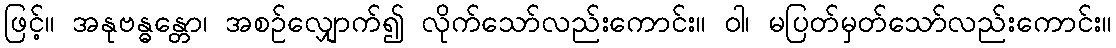
ဖြင့်။ အနုဗန္ဓန္တော၊ အစဉ်လျှောက်၍ လိုက်သော်လည်းကောင်း။ ဝါ၊ မပြတ်မှတ်သော်လည်းကောင်း။